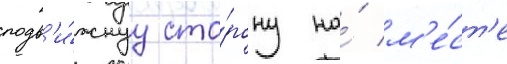
подв'и́жнуу сто́рону на́ м'е́ст'е